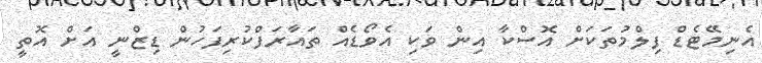
އެނިމޭޓެޑް ފިލްމުތަކަށް އޮސްކާ އިން ވަކި އެވޯޑެއް ތައާރަފްކުރިފަހުން ޑިޒްނީ އަށް އޮތީ